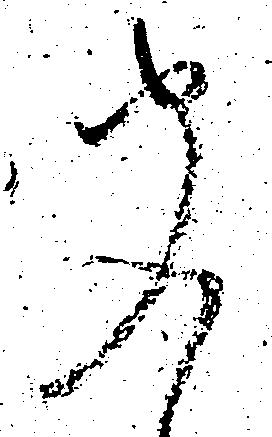
聞